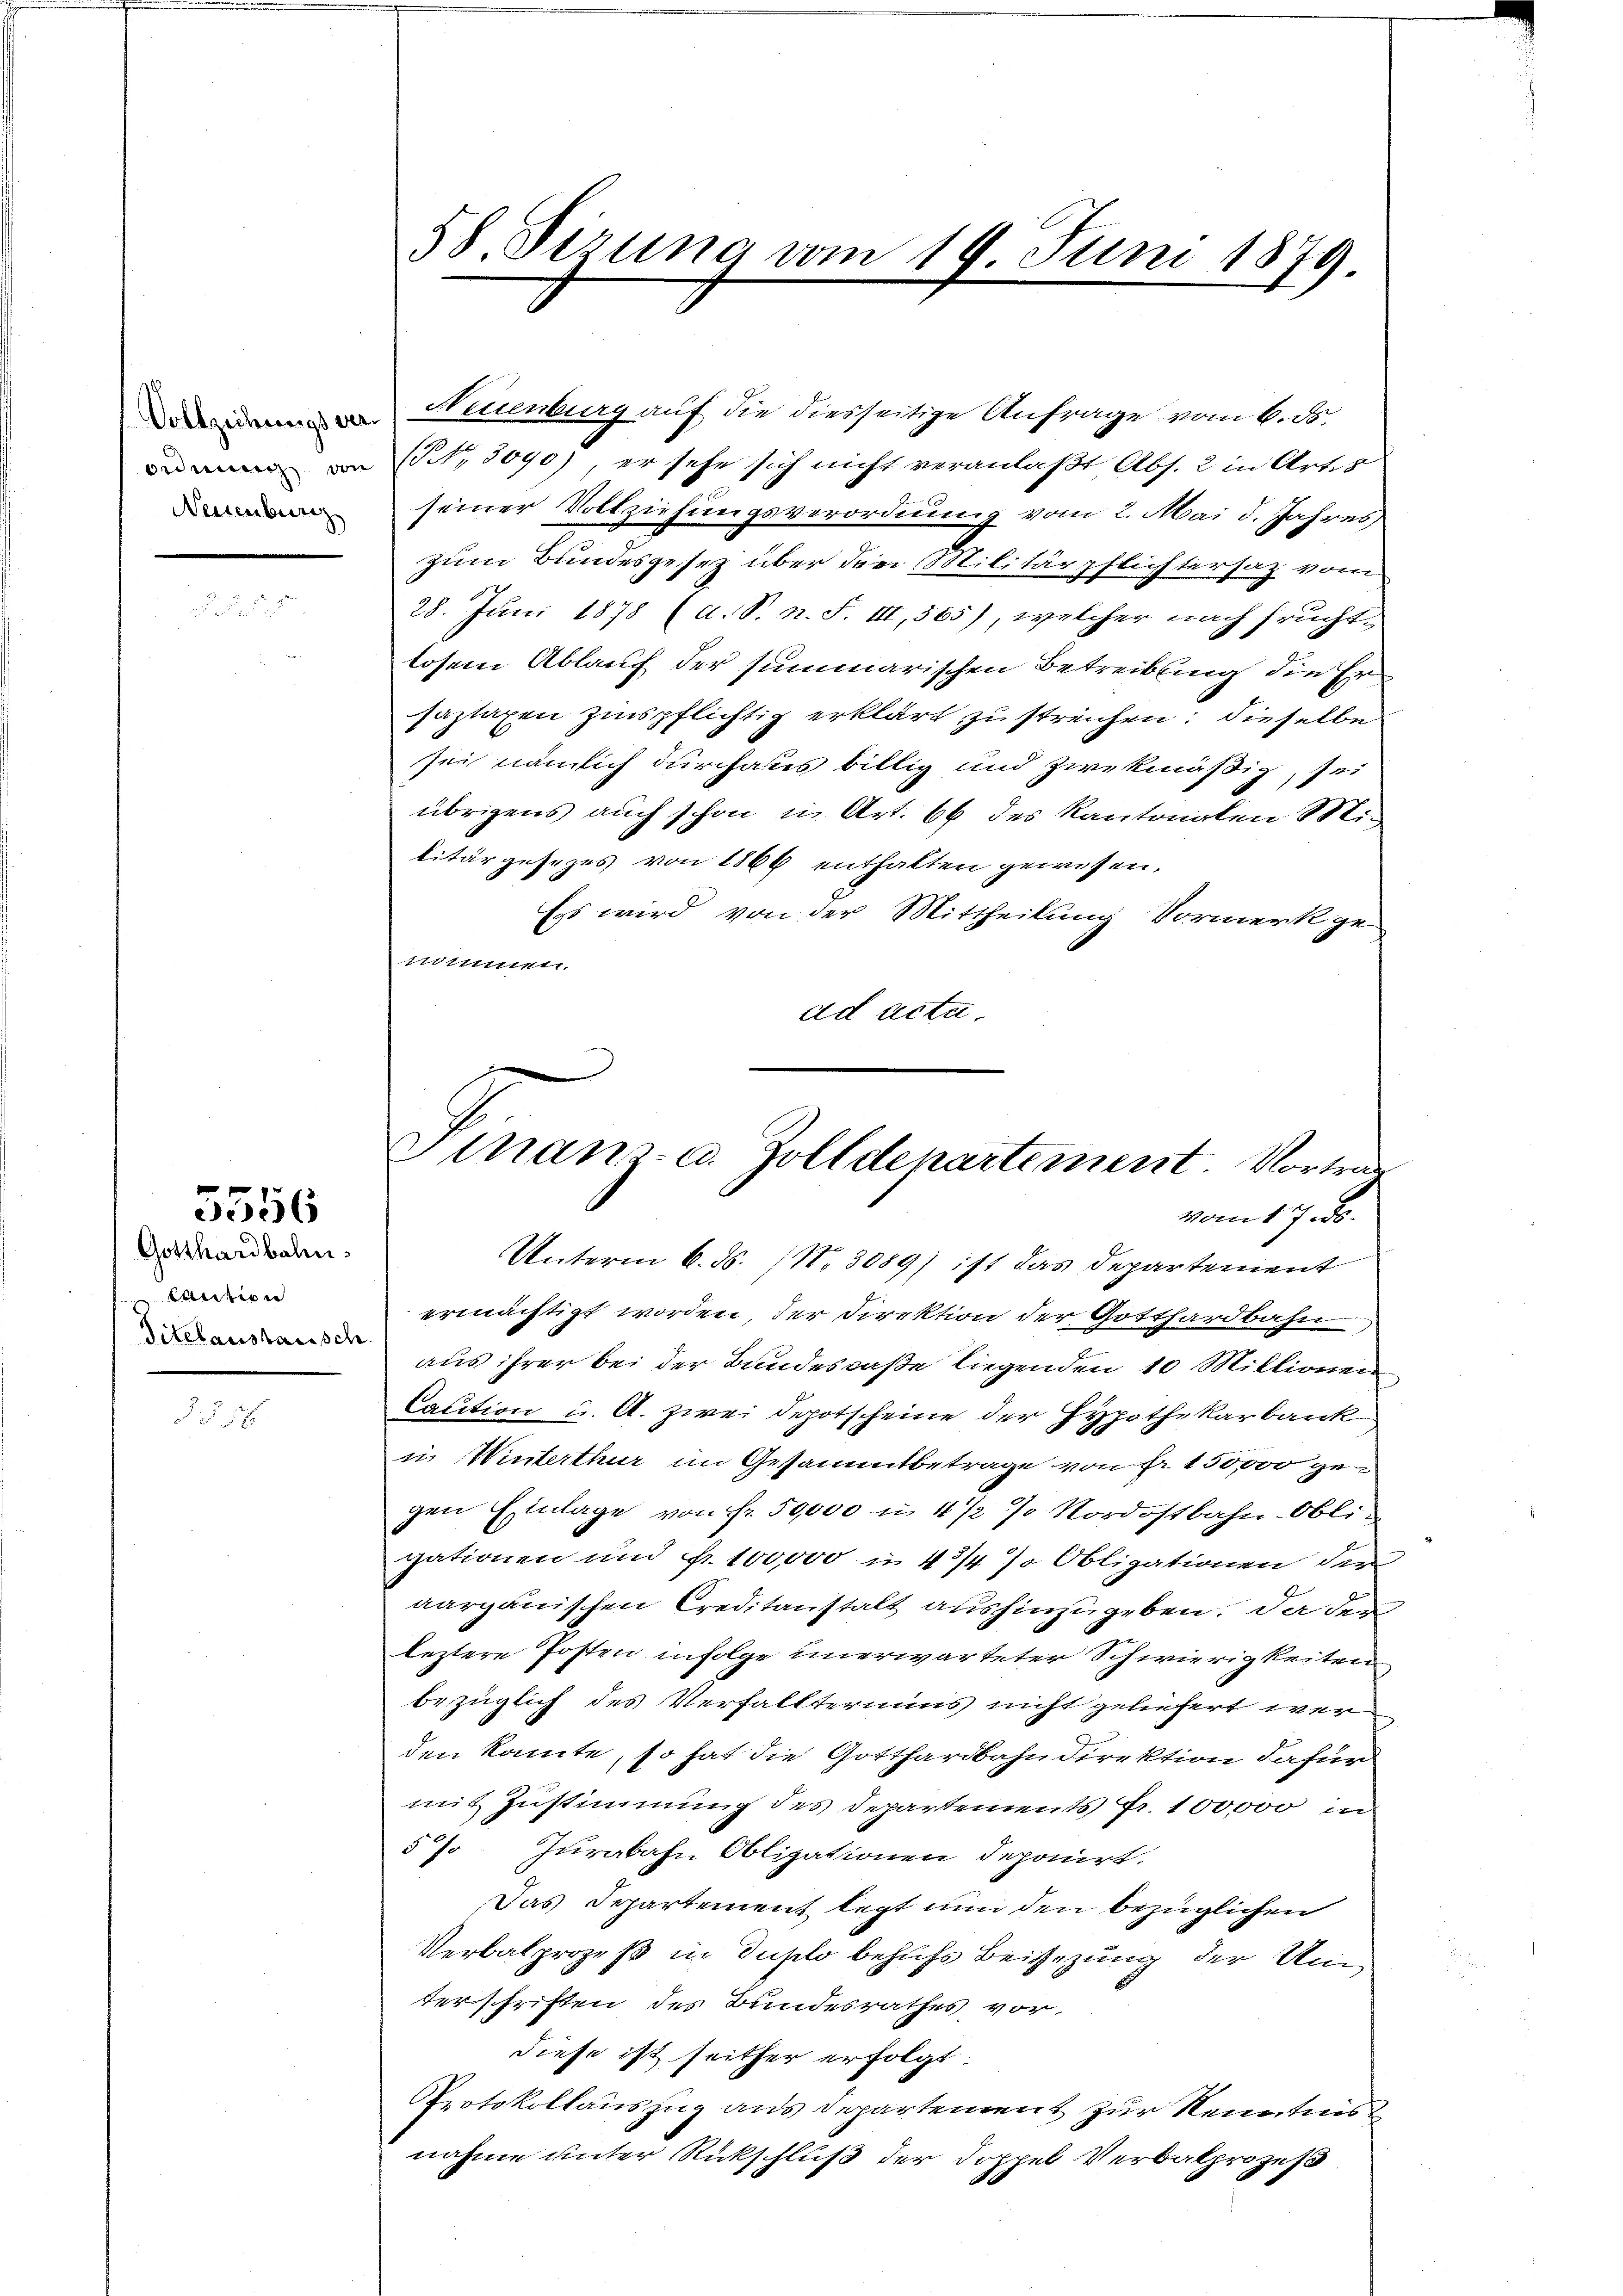
Vollziehungsver-
Ordnung von
Neuenburg

3556

Gotthardbahn.
Caution
Titelaustausch.

58 Sirung vom 19. Juni 1879

Neuenburg auf die diesseitige Anfrage vom 6. ds.
(NNo. 3090), er sehe sich nicht veranlaßt Abs. 2 in Artes
seiner Vollziehungsverordnung vom 2. Mai d. Jahres
zum Bundesgesetz über die Militärpflichtersaz vom
28. Juni 1878 (d. S. n. F. III, 565), welcher nach fruchtlosem Ablauf der summarischen Betreibung die Ersaztaxen zinspflichtig erklärt zu streichen; dieselbe
sei nämlich durchaus billig und zwekmäßig, sei
übrigens auch schon in Art. 66 des Kantonalen Militärgesezes von 1866 enthalten gewesen.
Ess wird von der Mittheilung Vormerk ge-
tsinnen
ad acta.

Sinan- u. Zolldepartement. Vortrag
vom 17. ds.

Unterm 6. ds. (Nr. 3089) ist das Departement
ermächtigt worden, der Direktion der Gotthardbahn
aus ihrer bei der Bundescaße liegenden 10 Millionen
Caution u. A. zwei Depotscheine der Hypothekarbank
in Winterthur im Gesammtbetrage von fr. 150,000 gegen Einlage von Fr. 50,000 u. 472 % Nordostbahn-Obli-
gationen und 100000 in 4 3/4 % Obligationen der
aargauischen Creditanstalt aushinzugeben. Da der
leztere Posten infolge unerwarteter Schwierigkeiten,
bezüglich des Verfallteriums nicht geliefert werden kannte, so hat die Gotthardbahndirektion dafür
mit Zustimmung des Departements Fr. 100000 in
5% Jurabahn Obligationen deponirt.
Das Departement legt nun den bezüglichen
Verbalprozeß in Duplo behufs Beisezung der Unterschriften des Bundesrathes vor.
diese ist seither erfolgt.
Protokollauszug aus Departement zur Kenntnis
nahme unter Rückschluß der Doppel Verbalprozeß